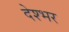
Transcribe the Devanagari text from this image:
देश्भर